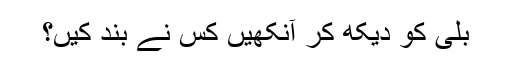
بلی کو دیکھ کر آنکھیں کس نے بند کیں؟